Lunatic asylums Punjab 1868-1880 - 1868-1880
Year: 1868
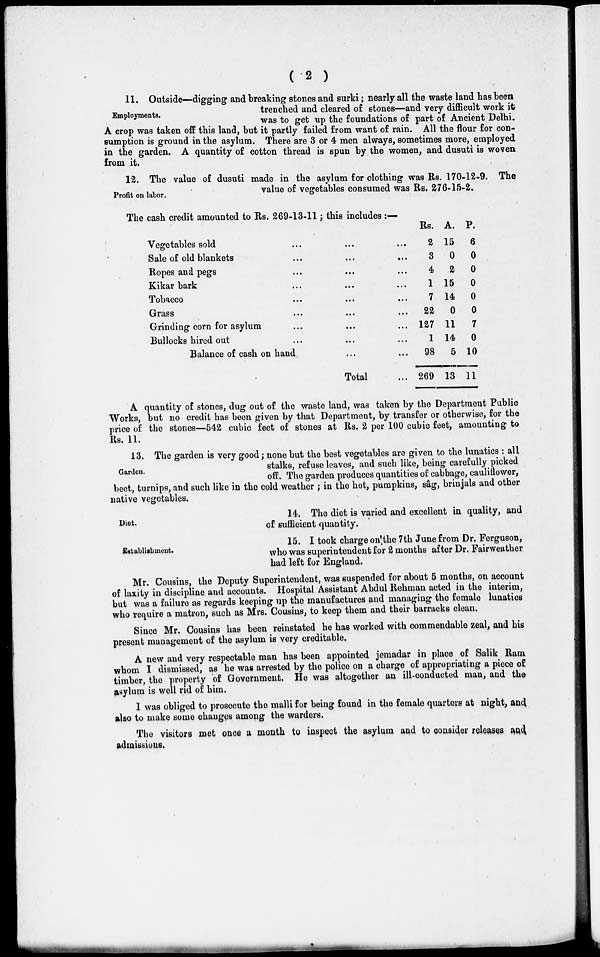
( 2 )
Employments.
11. Outside—digging and breaking stones and surki; nearly all the waste land has been
trenched and cleared of stones—and very difficult work it
was to get up the foundations of part of Ancient Delhi.
A crop was taken off this land, but it partly failed from want of rain. All the flour for con-
sumption is ground in the asylum. There are 3 or 4 men always, sometimes more, employed
in the garden. A quantity of cotton thread is spun by the women, and dusuti is woven
from it.
Profit on labor.
12. The value of dusuti made in the asylum for clothing was Rs. 170-12-9. The
value of vegetables consumed was Rs. 276-15-2.
The cash credit amounted to Rs. 269-13-11; this includes :—
Vegetables sold ...
Sale of old blankets ...
Ropes and pegs ...
Kikar bark ...
Tobacco
...
Grass ...
Grinding corn for asylum ...
Bullocks hired out ...
Balance of cash on hand
...
...
...
...
...
...
...
...
...
Total
...
...
...
...
...
...
...
...
...
...
Rs.
2
3
4
1
7
22
127
1
98
269
A.
15
0
2
15
14
0
11
14
5
13
P.
6
0
0
0
0
0
7
0
10
11
A quantity of stones, dug out of the waste land, was taken by the Department Public
Works, but no credit has been given by that Department, by transfer or otherwise, for the
price of the stones—542 cubic feet of stones at Rs. 2 per 100 cubic feet, amounting to
Rs. 11.
Garden.
13. The garden is very good; none but the best vegetables are given to the lunatics : all
stalks, refuse leaves, and such like, being carefully picked
off. The garden produces quantities of cabbage, cauliflower,
beet, turnips, and such like in the cold weather ; in the hot, pumpkins, sâg, brinjals and other
native vegetables.
Diet.
14. The diet is varied and excellent in quality, and
of sufficient quantity.
Establishment.
15. I took charge on the 7th June from Dr. Ferguson,
who was superintendent for 2 months after Dr. Fairweather
had left for England.
Mr. Cousins, the Deputy Superintendent, was suspended for about 5 months, on account
of laxity in discipline and accounts. Hospital Assistant Abdul Rehman acted in the interim,
but was a failure as regards keeping up the manufactures and managing the female lunatics
who require a matron, such as Mrs. Cousins, to keep them and their barracks clean.
Since Mr. Cousins has been reinstated he has worked with commendable zeal, and his
present management of the asylum is very creditable.
A new and very respectable man has been appointed jemadar in place of Salik Ram
whom I dismissed, as he was arrested by the police on a charge of appropriating a piece of
timber, the property of Government. He was altogether an ill-conducted man, and the
asylum is well rid of him.
I was obliged to prosecute the malli for being found in the female quarters at night, and
also to make some changes among the warders.
The visitors met once a month to inspect the asylum and to consider releases and
admissions.